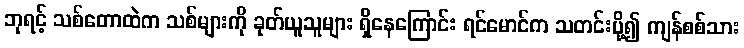
ဘုရင့် သစ်တောထဲက သစ်များကို ခုတ်ယူသူများ ရှိနေကြောင်း ရင်မောင်က သတင်းပို့၍ ကျန်စစ်သား